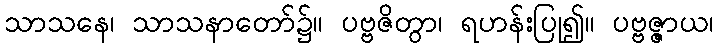
သာသနေ၊ သာသနာတော်၌။ ပဗ္ဗဇိတွာ၊ ရဟန်းပြု၍။ ပဗ္ဗဇ္ဇာယ၊